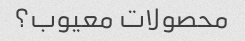
محصولات معیوب؟